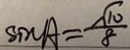
\sin A = \frac { \sqrt { 1 0 } } { 8 }